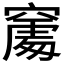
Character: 𥧻